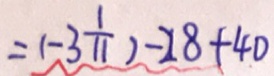
= ( - 3 \frac { 1 } { 1 1 } ) - 2 8 + 4 0